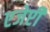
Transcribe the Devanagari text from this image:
एजेप्टी